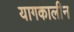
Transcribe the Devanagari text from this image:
यागकालीन